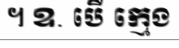
។ ឧ. បើ ក្មេង